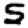
Digit: 5